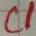
Text: C1